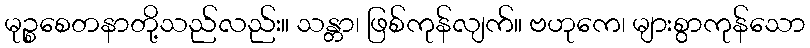
မုဉ္စစေတနာတို့သည်လည်း။ သန္တာ၊ ဖြစ်ကုန်လျက်။ ဗဟုကေ၊ များစွာကုန်သော